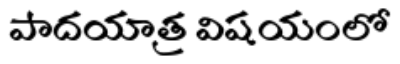
పాదయాత్ర విషయంలో